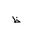
Letter: _za